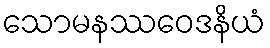
သောမနဿဝေဒနိယံ